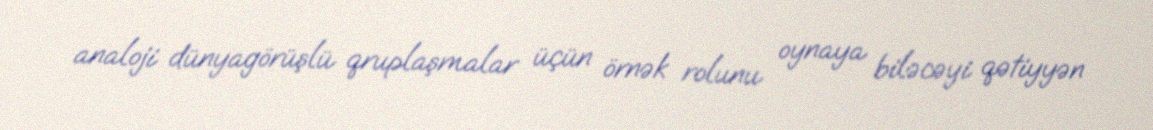
analoji dünyagörüşlü qruplaşmalar üçün örnək rolunu oynaya biləcəyi qətiyyən